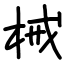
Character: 械